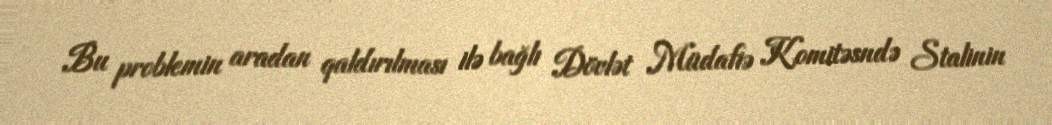
Bu problemin aradan qaldırılması ilə bağlı Dövlət Müdafiə Komitəsndə Stalinin